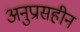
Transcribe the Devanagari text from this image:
अनुप्रासहीन